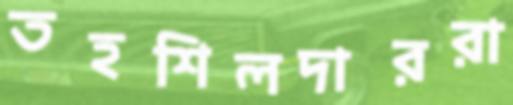
তহশিলদাররা